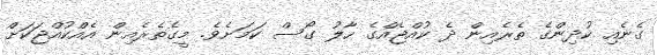
ގެނެއި ކުދިންގެ ތެރެއިން ދެ ކުއްޖެއްގެ ހާލު ގޯސް ކަމަށެވެ. މީގެތެރެއިން އެއްކުއްޖަކަށް